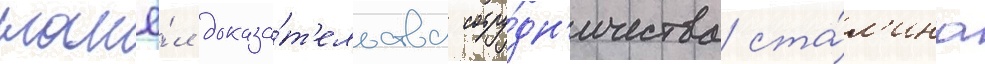
нашё́л доказа́т'ельства сотру́дн'ичества ста́л'ина